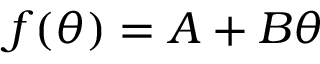
f ( \theta ) = A + B \theta